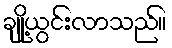
ချို့ယွင်းလာသည်။